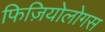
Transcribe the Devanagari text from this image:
फिज़ियोलोगस